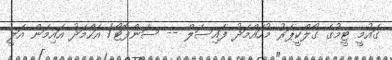
ގައުމީ ޓީމުގެ ގޯލްކީޕަރު މުހައްމަދު ފައިސަލް -- ސަންފޮޓޯ/ އަހްމަދު އައިމަން އަލީ